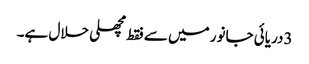
3دریائی جانور میں سے فقط مچھلی حلال ہے۔